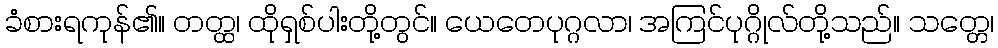
ခံစားရကုန်၏။ တတ္ထ၊ ထိုရှစ်ပါးတို့တွင်။ ယေတေပုဂ္ဂလာ၊ အကြင်ပုဂ္ဂိုလ်တို့သည်။ သတ္တေ၊